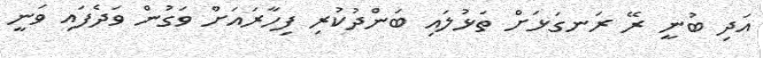
އަދި ބުނީ ރޭ ރަނގަޅަށް ތަޅުލައި ބަންދުކުރި ފިހާރައަށް ވަގުން ވަދެފައި ވަނީ